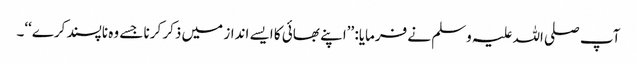
آپ صلی اللہ علیہ وسلم نے فرمایا: ’’اپنے بھائی کا ایسے انداز میں ذکر کرنا جسے وہ ناپسند کرے‘‘۔